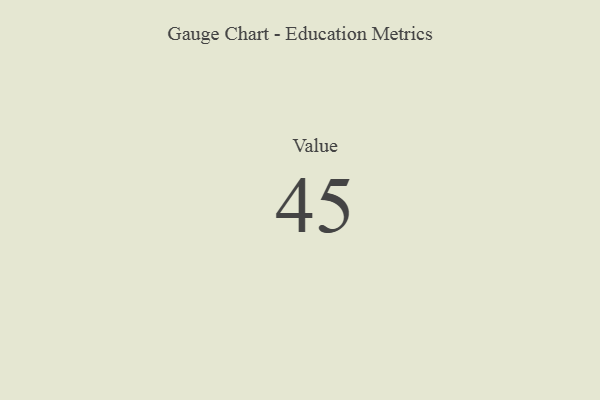
{"axis": {"x": "Metric", "y": "Value"}, "legend": [""], "data": [{"x": "Value", "y": 45, "type": ""}]}